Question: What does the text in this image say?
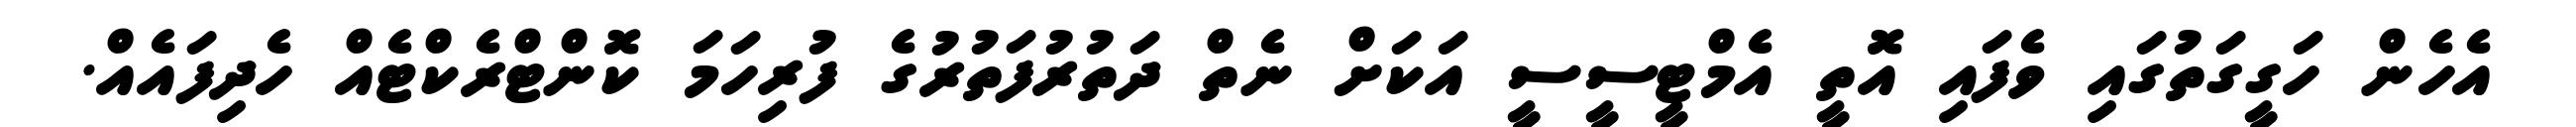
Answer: އެހެން ހަގީގަތުގައި ވެފައި އޮތީ އެމްޓީސީސީ އަކަށް ނެތް ދަތުރުފަތުރުގެ ފުރިހަމަ ކޮންޓްރެކްޓެއް ހެދިފައެއް.